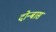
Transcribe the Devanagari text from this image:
दोन्बास